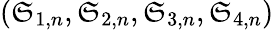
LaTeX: (\mathfrak{S}_{1,n},\mathfrak{S}_{2,n},\mathfrak{S}_{3,n},\mathfrak{S}_{4,n})